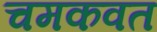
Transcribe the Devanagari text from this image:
चमकवत